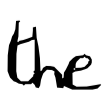
Text: the
Cross-out: clean
Writing tool: digital_black